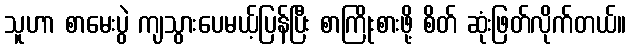
သူဟာ စာမေးပွဲ ကျသွားပေမယ့်ပြန်ပြီး စာကြိုးစားဖို့ စိတ် ဆုံးဖြတ်လိုက်တယ်။